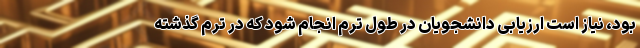
بود، نیاز است ارزیابی دانشجویان در طول ترم انجام شود که در ترم گذشته